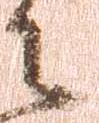
之